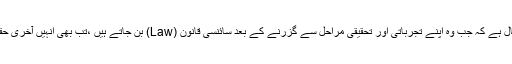
سائنسی نظریات کا تویہ حال ہے کہ جب وہ اپنے تجرباتی اور تحقیقی مراحل سے گزرنے کے بعد سائنسی قانون (Law) بن جاتے ہیں ،تب بھی انہیں آخری حقیقت قرار نہیں دیا جاسکتا ۔